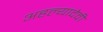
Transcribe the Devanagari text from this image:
अहल्यादेवी